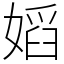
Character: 嫍